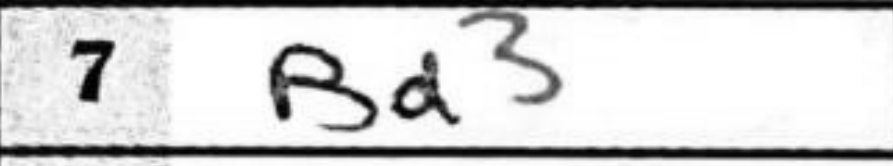
Transcription: Bd3